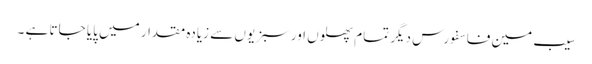
سیب مین فاسفورس دیگر تمام پھلوں اورسبزیوں سے زیادہ مقدار میں پایا جاتا ہے ۔